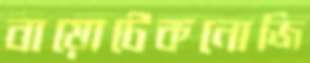
বায়োটেকনোজি